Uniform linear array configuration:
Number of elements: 24
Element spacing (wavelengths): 1
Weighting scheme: uniform
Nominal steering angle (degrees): -45
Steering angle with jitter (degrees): -43.463
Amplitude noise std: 0.05
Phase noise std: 0.05

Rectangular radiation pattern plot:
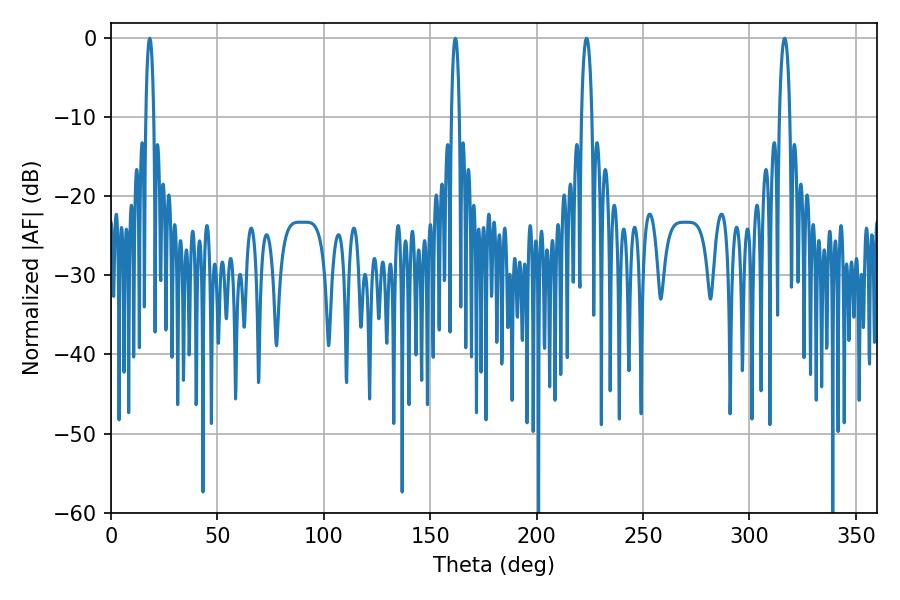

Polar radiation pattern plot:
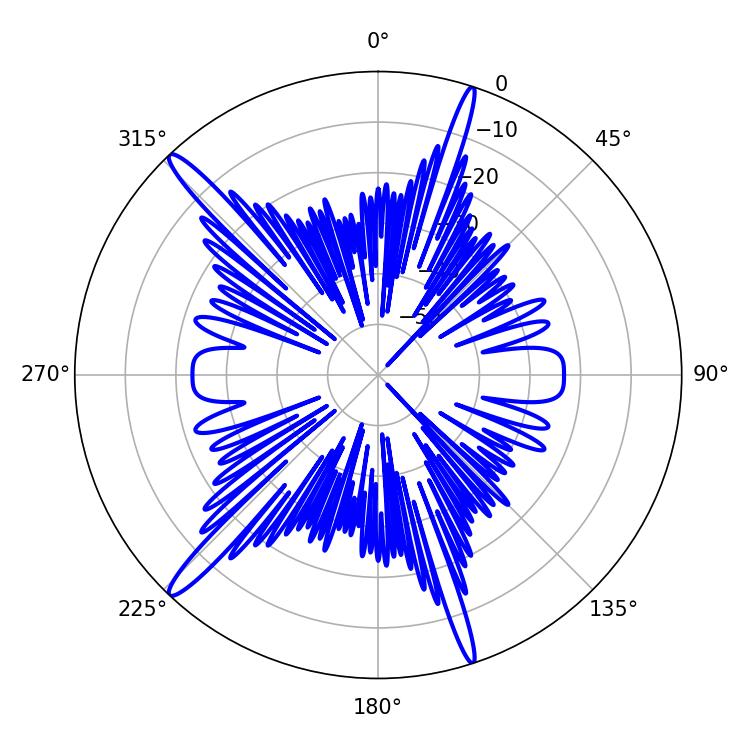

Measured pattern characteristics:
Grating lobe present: TRUE
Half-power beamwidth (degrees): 2.16
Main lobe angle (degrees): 18.18